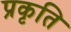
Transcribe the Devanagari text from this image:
प्रकृति